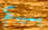
بسببكم